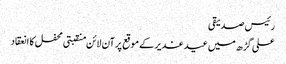
رئیس صدیقی
علی گڑھ میں عید غدیر کے موقع پرآن لائن منقبتی محفل کا انعقاد